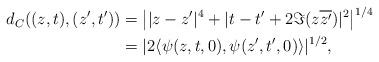
LaTeX: \begin{align*}\begin{aligned}d_{C}((z,t),(z',t'))&=\big\lvert\lvert z-z'\rvert^{4}+\lvert t-t'+2\Im(z\overline{z'})\rvert^{2}\big\rvert^{1/4}\\&=\lvert 2\langle\psi(z,t,0),\psi(z',t',0)\rangle\rvert^{1/2},\end{aligned}\end{align*}